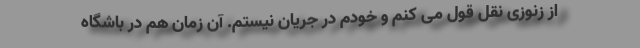
از زنوزی نقل قول می کنم و خودم در جریان نیستم. آن زمان هم در باشگاه